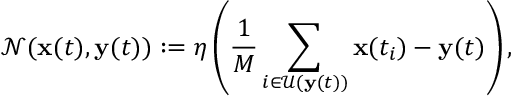
\mathcal { N } ( \mathbf { x } ( t ) , \mathbf { y } ( t ) ) : = \eta \left( \frac { 1 } { M } \sum _ { i \in \mathcal { U } ( \mathbf { y } ( t ) ) } \mathbf { x } ( t _ { i } ) - \mathbf { y } ( t ) \right) ,